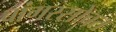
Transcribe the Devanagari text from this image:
बांगरसोबत